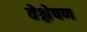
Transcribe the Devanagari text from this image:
वेश्लेषण